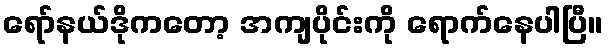
ရော်နယ်ဒိုကတော့ အကျပိုင်းကို ရောက်နေပါပြီ။